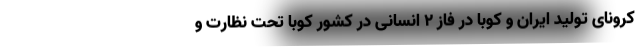
کرونای تولید ایران و کوبا در فاز ۲ انسانی در کشور کوبا تحت نظارت و